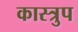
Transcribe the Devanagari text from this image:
कास्त्रुप